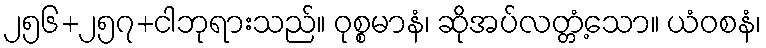
၂၅၆+၂၅၇+ငါဘုရားသည်။ ဝုစ္စမာနံ၊ ဆိုအပ်လတ္တံ့သော။ ယံဝစနံ၊